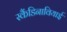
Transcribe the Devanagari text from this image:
स्कैंडिनावियाई